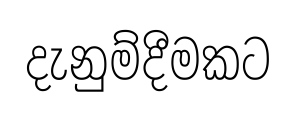
දැනුම්දීමකට